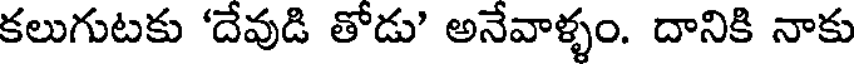
కలుగుటకు 'దేవుడి తోడు' అనేవాళ్ళం. దానికి నాకు